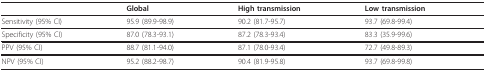
|  | Global | High transmission | Low transmission |
 | --- | --- | --- | --- |
 | Sensitivity (95% CI) | 95.9 (89.9-98.9) | 90.2 (81.7-95.7) | 93.7 (69.8-99.4) |
 | Specificity (95% CI) | 87.0 (78.3-93.1) | 87.2 (78.3-93.4) | 83.3 (35.9-99.6) |
 | PPV (95% CI) | 88.7 (81.1-94.0) | 87.1 (78.0-93.4) | 72.7 (49.8-89.3) |
 | NPV (95% CI) | 95.2 (88.2-98.7) | 90.4 (81.9-95.8) | 93.7 (69.8-99.8) |